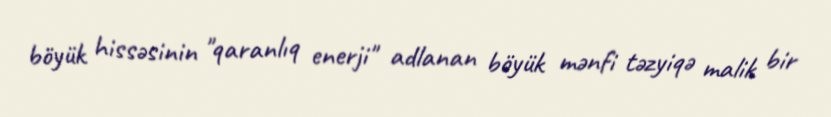
böyük hissəsinin "qaranlıq enerji" adlanan böyük mənfi təzyiqə malik bir